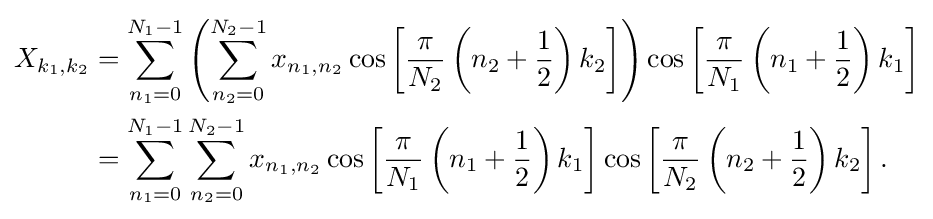
{\begin{aligned}X_{k_{1},k_{2}}&=\sum _{n_{1}=0}^{N_{1}-1}\left(\sum _{n_{2}=0}^{N_{2}-1}x_{n_{1},n_{2}}\cos \left[{\frac {\pi }{N_{2}}}\left(n_{2}+{\frac {1}{2}}\right)k_{2}\right]\right)\cos \left[{\frac {\pi }{N_{1}}}\left(n_{1}+{\frac {1}{2}}\right)k_{1}\right]\\&=\sum _{n_{1}=0}^{N_{1}-1}\sum _{n_{2}=0}^{N_{2}-1}x_{n_{1},n_{2}}\cos \left[{\frac {\pi }{N_{1}}}\left(n_{1}+{\frac {1}{2}}\right)k_{1}\right]\cos \left[{\frac {\pi }{N_{2}}}\left(n_{2}+{\frac {1}{2}}\right)k_{2}\right].\end{aligned}}